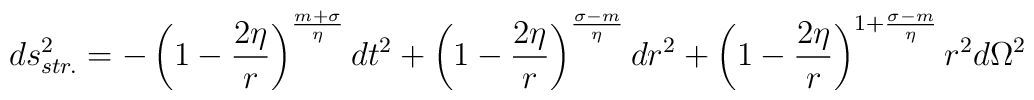
ds_{str.}^{2} = -\left ( 1 - \frac{2\eta}{r} \right )^\frac{m+ \sigma}{\eta}dt^{2} + \left ( 1 - \frac{2\eta}{r} \right )^{\frac{\sigma - m}{\eta}}dr^{2}+ \left ( 1 - \frac{2\eta}{r} \right ) ^{1+\frac{\sigma - m}{\eta}}r^{2}d\Omega^{2}